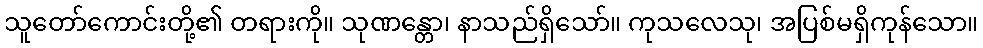
သူတော်ကောင်းတို့၏ တရားကို။ သုဏန္တော၊ နာသည်ရှိသော်။ ကုသလေသု၊ အပြစ်မရှိကုန်သော။